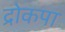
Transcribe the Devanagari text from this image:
द्रोकपा